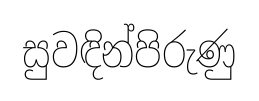
සුවඳින්පිරුණු